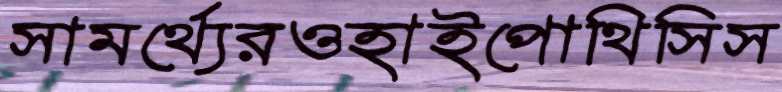
সামর্থ্যেরওহাইপোথিসিস